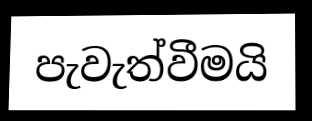
පැවැත්වීමයි